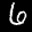
Label: 6